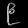
Digit: ၉